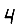
Digit: 4